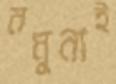
নমুনাই